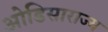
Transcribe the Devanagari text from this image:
ओडिसाराज्य